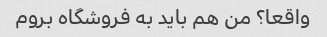
واقعا؟ من هم باید به فروشگاه بروم